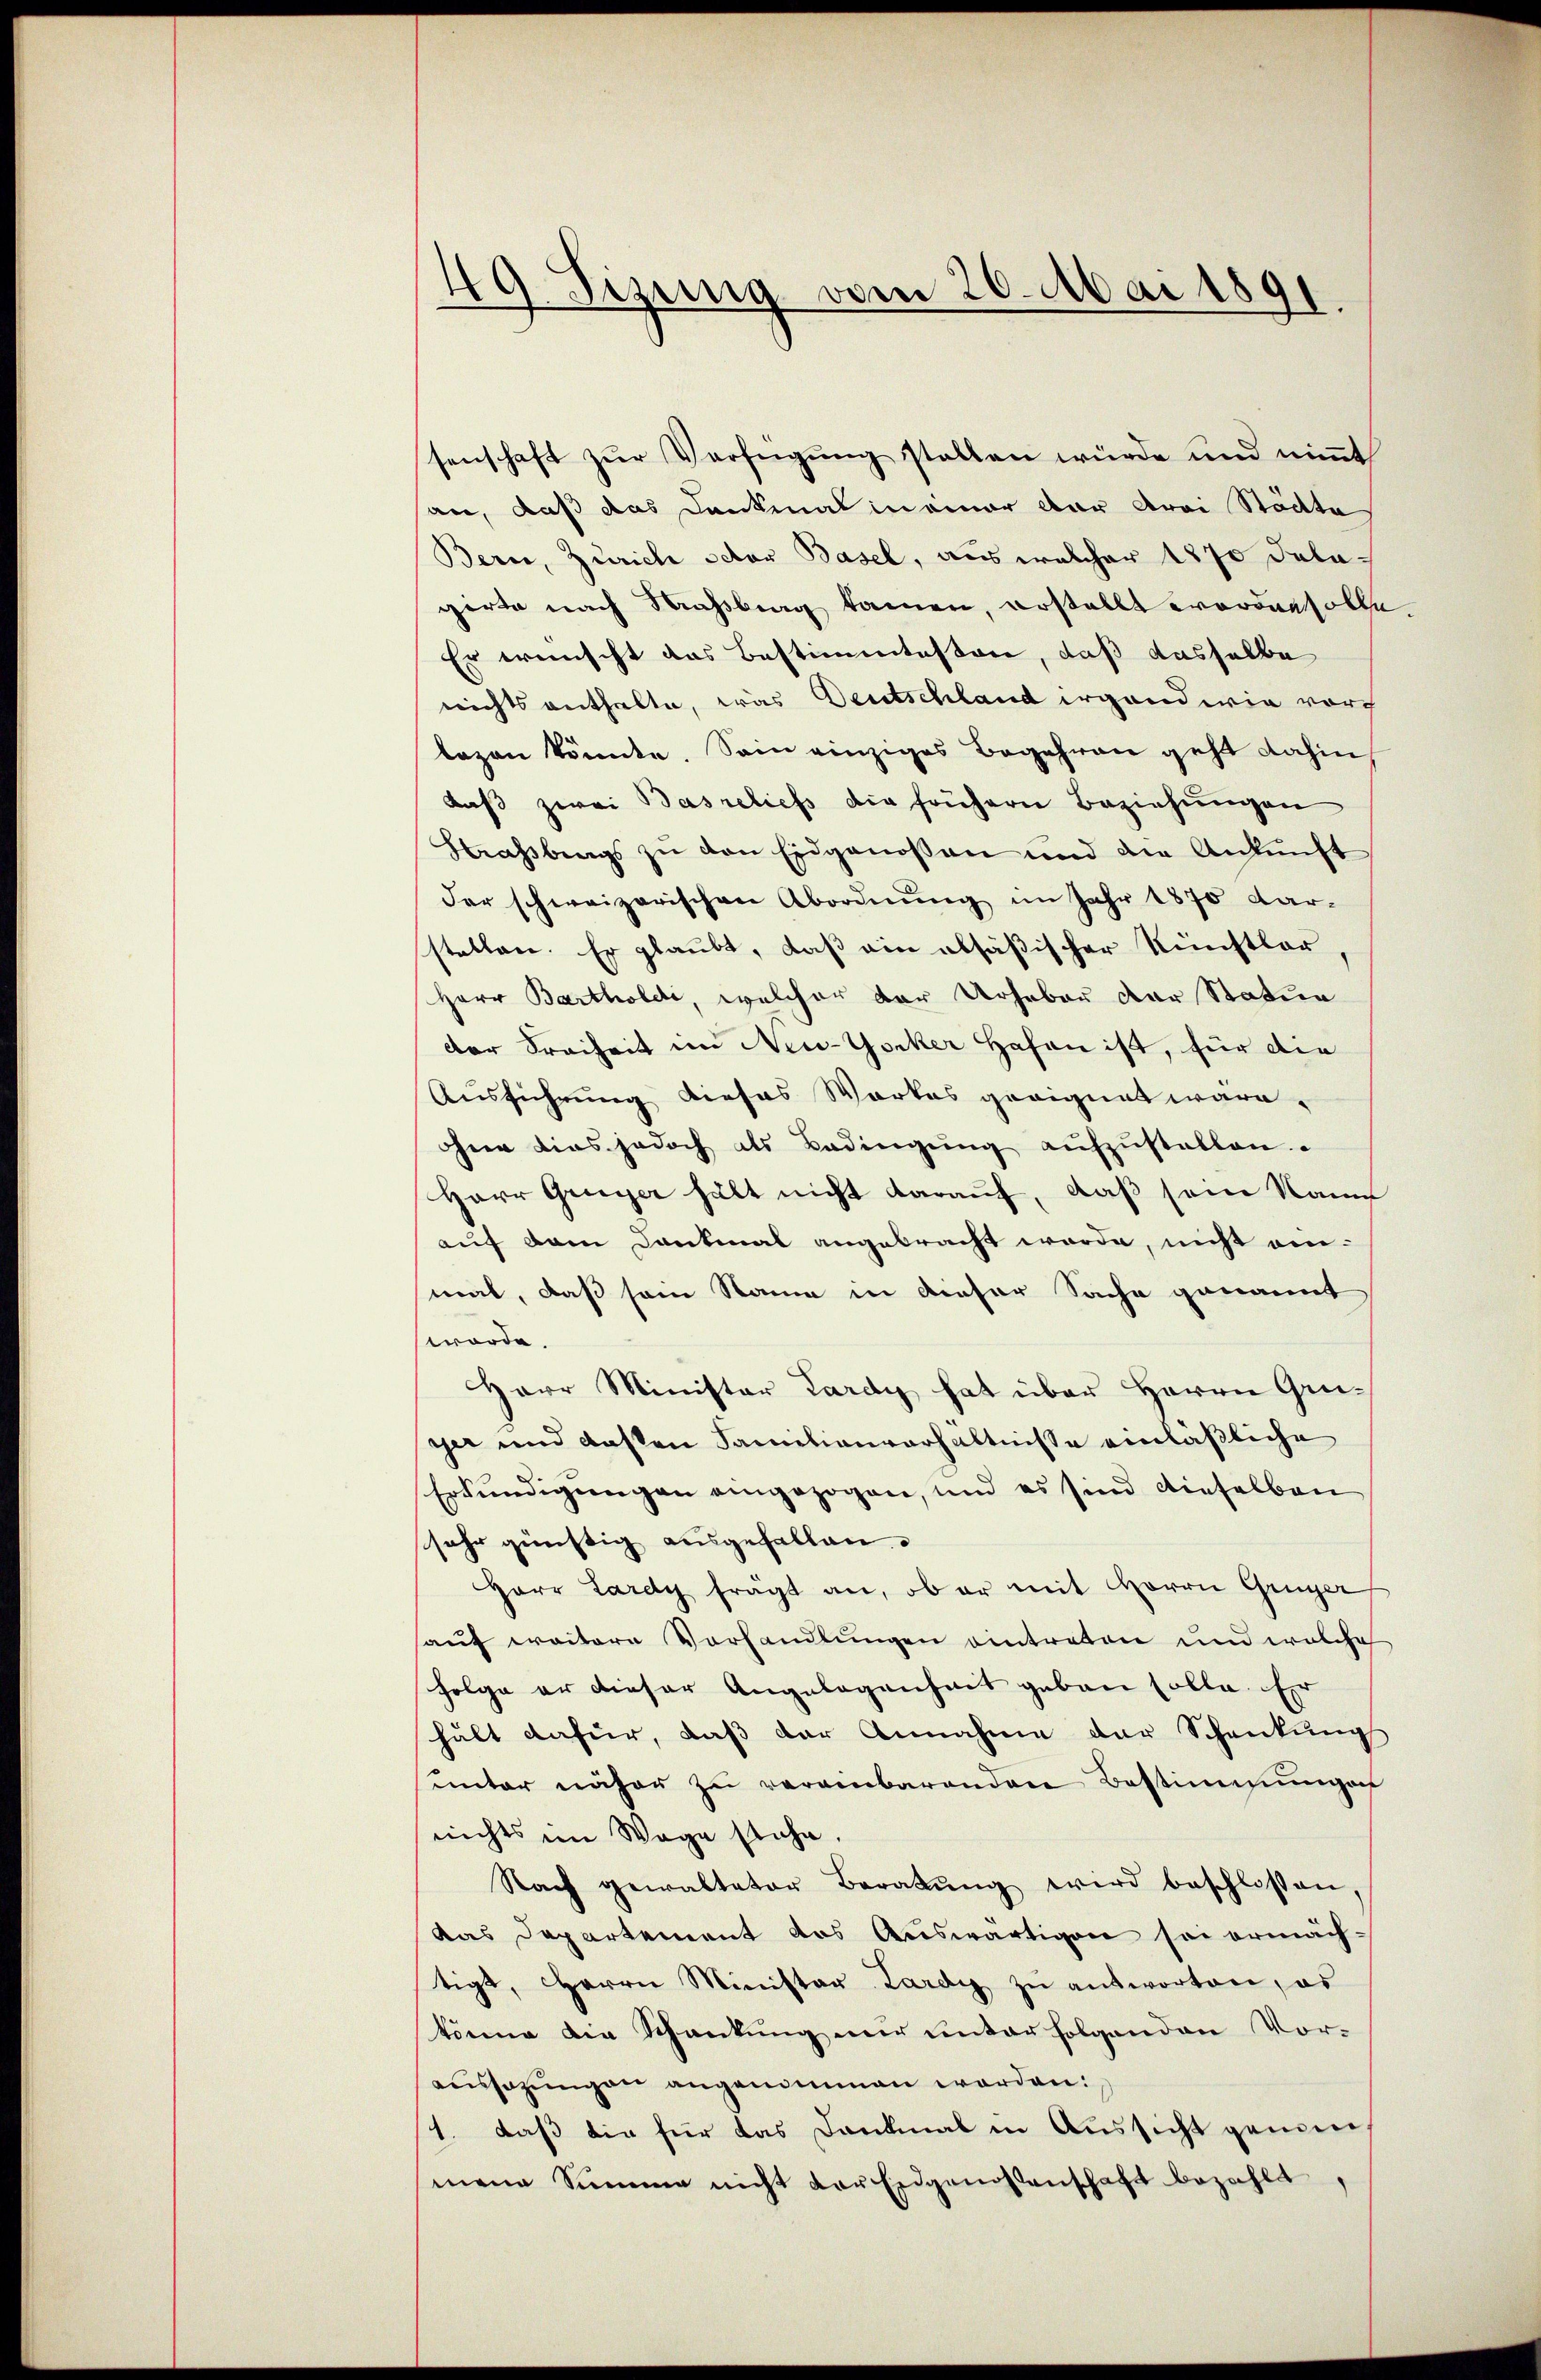
49 Sizung vom 20. Mai 1891

senschaft zŭr Verfügŭng stellen würde und niṁt
an, daß das Dankmal meiner dar drei Städte
Bern, Zürich octor Basel, aus welcher 1870 Dalagirte nach Massburg kamen, erstellt worden solle
Er wünscht das Bestimmtesten, daß dasselbe
nichts enthalte, was Deutschland irgend wie vorh
lazen könnte. Sein einziges Begehren geht dahin
daβ zwei Basreliefs die frühern Beziehŭngen
Strassbergs zŭ den Eidgenossen und die Ankŭnft
der schweizerischen Abordnŭng im Jahr 1870 dar-
stellen. Er glaubt, daß ein absäßischer Künstler
Herr Bartholde, welcher der Urheber der Statue
der Freiheit im New-Yorker Hafen ist, für die
Ausführung dieses Werkes geeignet wäre,
ohner dies jedoch als Bedingŭng aŭfzŭstellen.
Herr Greyer hält nicht darauf, daß sein Name
auf dem Dankmal angebracht werde, nicht einmal, daß sein Stamm in dieser Sache genannt
worde.
Herr Minister Lardy hat über Herrn Greiyer und dassen Familienverhältnisse einläßliche
Erkundigungen eingezogen, und es sind dieselben
sehr günstig ausgefallen.
Herr Lardy frägt an, ob er mit Herrn Grüger
auf weitere Vorhandlungen eintreten und welche
folge er dieser Angelegenheit geben solle. Er
hält dafür, daß der Annahme der Schenkung
ŭnter näher zŭ veranbarenden Bestimmungen
nichts im Wage stehe
Nach gewalteter Beratŭng wird beschlossen,
das Departement das Auswärtigen sei ermäch-
tigt, Herrn Minister Lardy zŭ antworten, es
könne die Schenkung nur unter folgenden Voraussazungen angenommen worden:
1. daß die für das Dankmal in Aussicht genom-
sinene Summe nicht der Eidgenossenschaft bezahlt